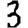
Digit: 3